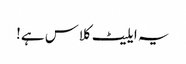
یہ ایلیٹ کلاس ہے!